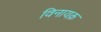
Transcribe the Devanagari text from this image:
विनायक़